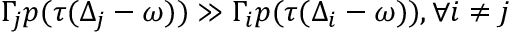
\Gamma _ { j } p ( \tau ( \Delta _ { j } - \omega ) ) \gg \Gamma _ { i } p ( \tau ( \Delta _ { i } - \omega ) ) , \forall i \neq j